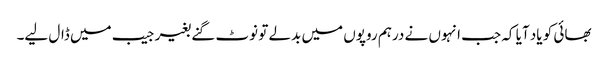
بھائی کو یاد آیا کہ جب انہوں نے درہم روپوں میں بدلے تو نوٹ گنے بغیر جیب میں ڈال لیے۔